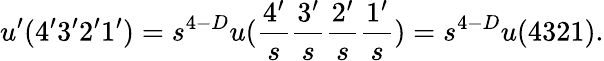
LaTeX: u^{\prime}(4^{\prime}3^{\prime}2^{\prime}1^{\prime})=s^{4-D}u(\frac{4^{\prime}}{s}\frac{3^{\prime}}{s}\frac{2^{\prime}}{s}\frac{1^{\prime}}{s})=s^{4-D}u(4321).